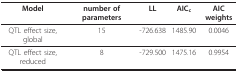
<table><thead><tr><td><b>Model</b></td><td><b>number of parameters</b></td><td><b>LL</b></td><td><b>AIC<sub>c</sub></b></td><td><b>AIC weights</b></td></tr></thead><tbody><tr><td>QTL effect size, global</td><td>15</td><td>-726.638</td><td>1485.90</td><td>0.0046</td></tr><tr><td>QTL effect size, reduced</td><td>8</td><td>-729.500</td><td>1475.16</td><td>0.9954</td></tr></tbody></table>